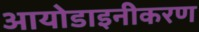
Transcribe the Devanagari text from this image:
आयोडाइनीकरण